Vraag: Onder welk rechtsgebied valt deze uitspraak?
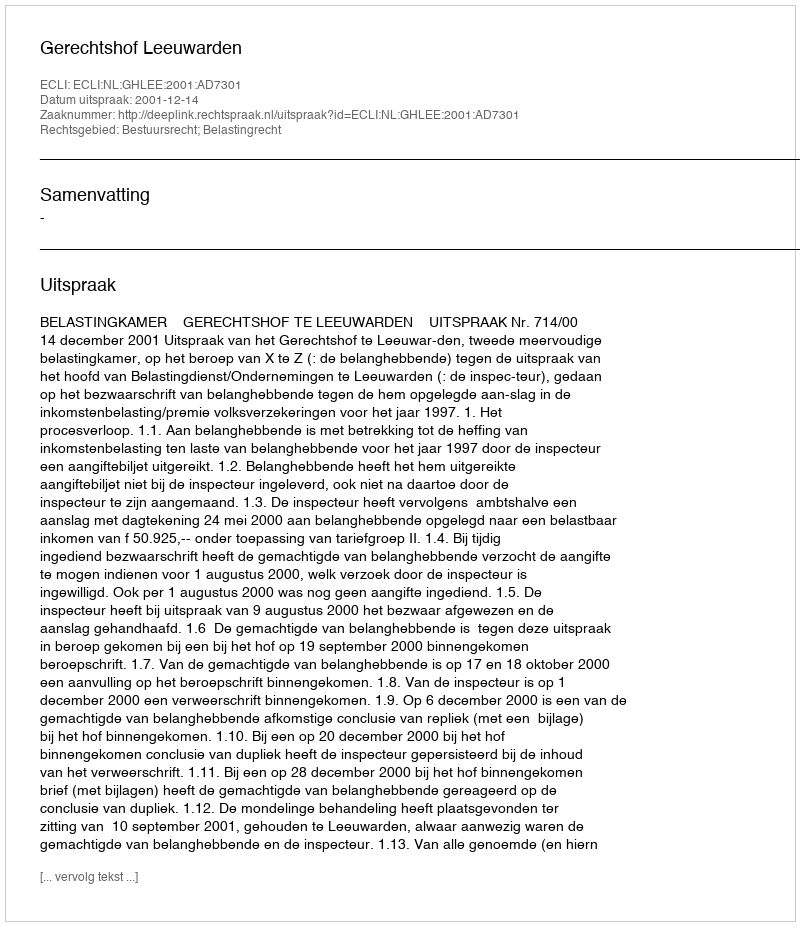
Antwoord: Bestuursrecht; Belastingrecht